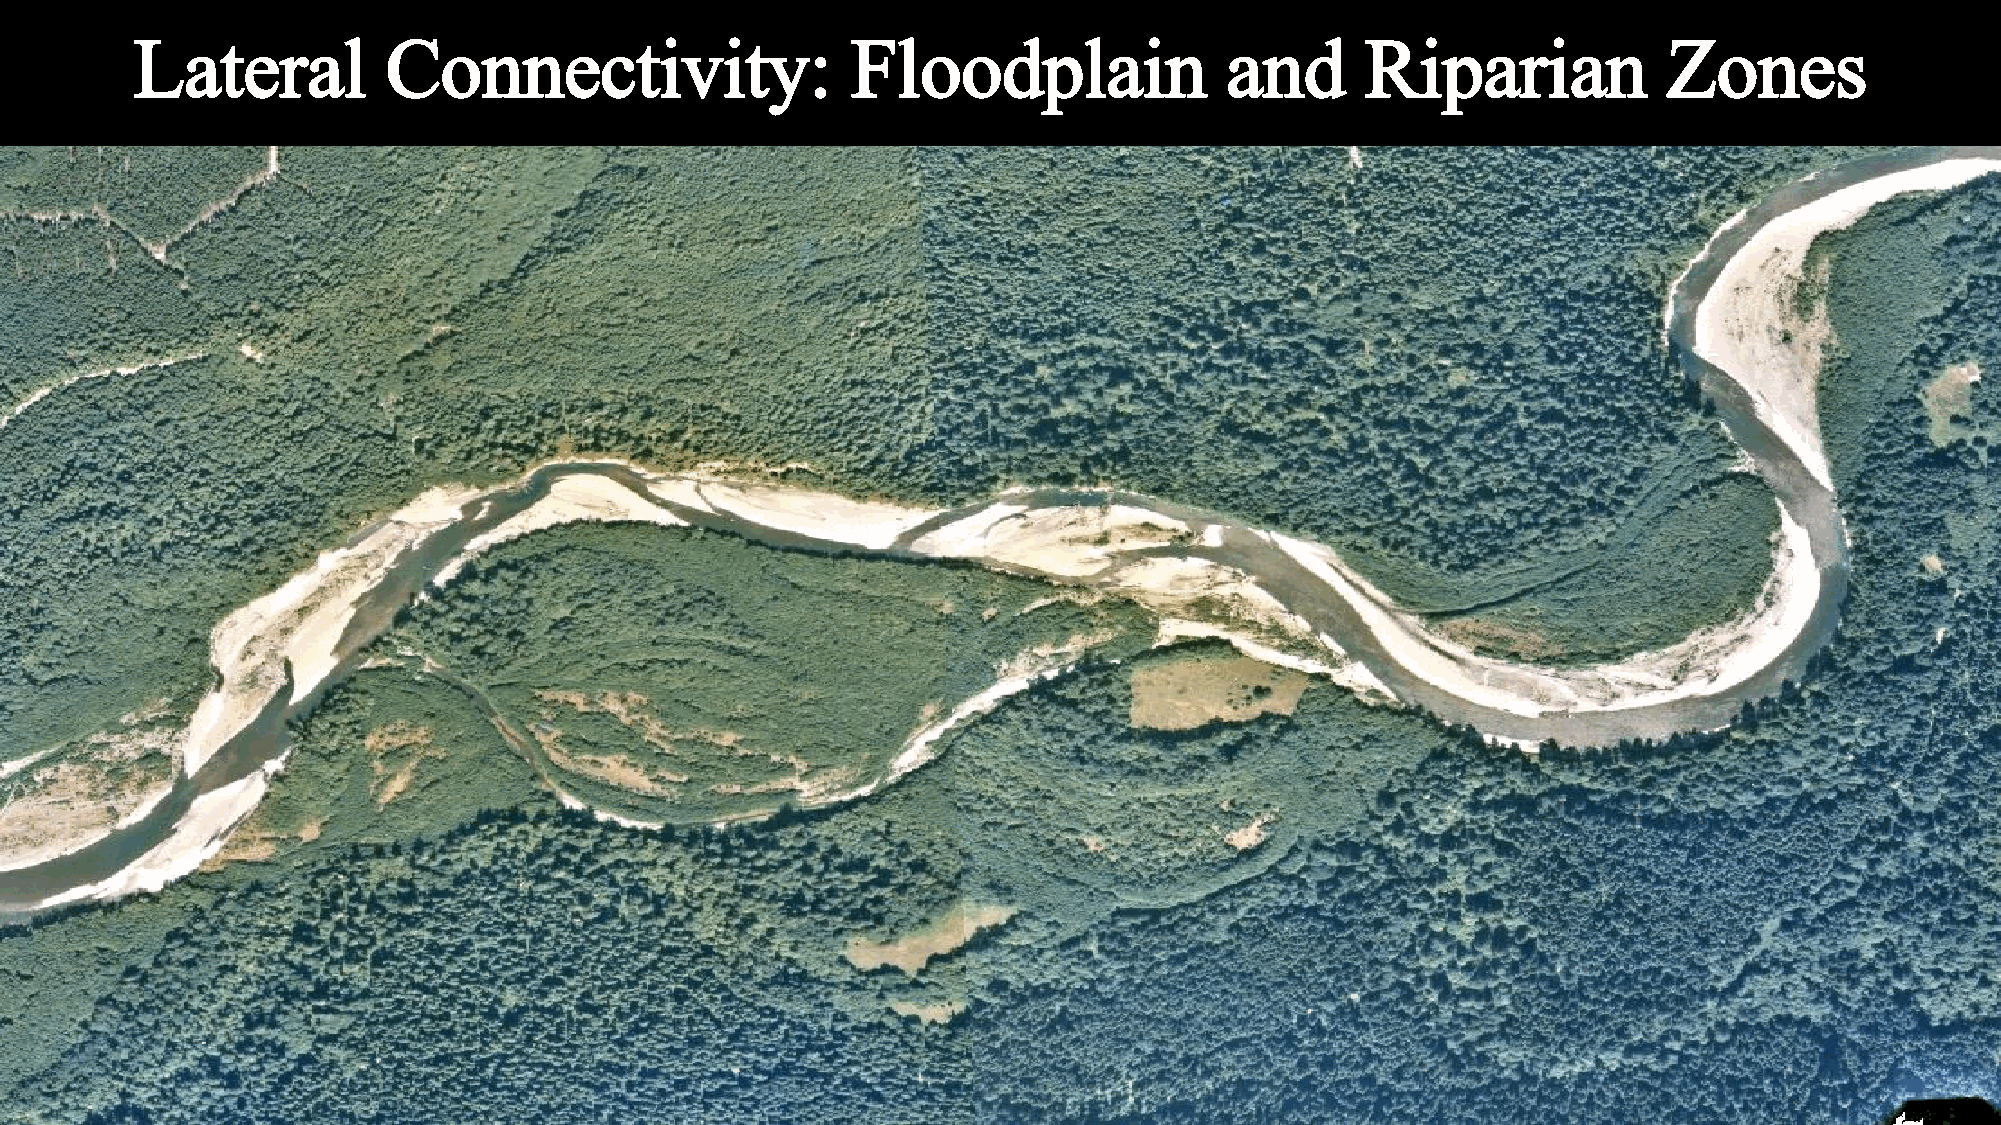
Lateral          Connectivity:                 Floodplain               and      Riparian            Zones
 2002